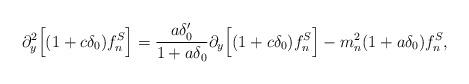
LaTeX: \begin{align*}\partial_y^2 \Big[(1+c \delta_0) f_n^S \Big]=\frac{a \delta_0^\prime}{1+a\delta_0} \partial_y \Big[ (1+c \delta_0)f_n^S \Big] -m_n^2 (1+a\delta_0)f_n^S,\end{align*}